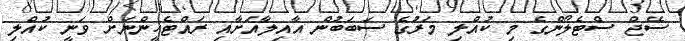
ސޭޖް ސްޓެލޯންގެ މި ކުއްލި މަރުގެ ސަބަބުން އާއިލާއަށާއި ރައްޓެހީންނަށް ވަނީ ކުއްލި